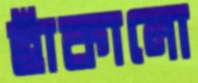
হাঁকানো